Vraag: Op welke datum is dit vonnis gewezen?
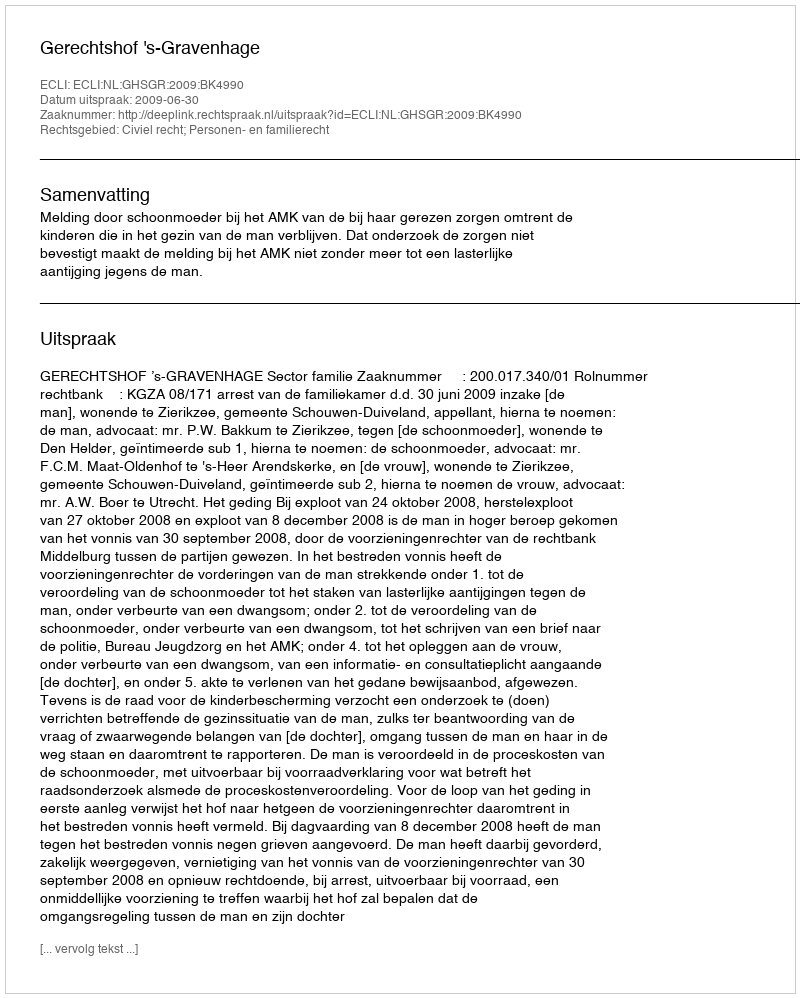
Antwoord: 2009-06-30